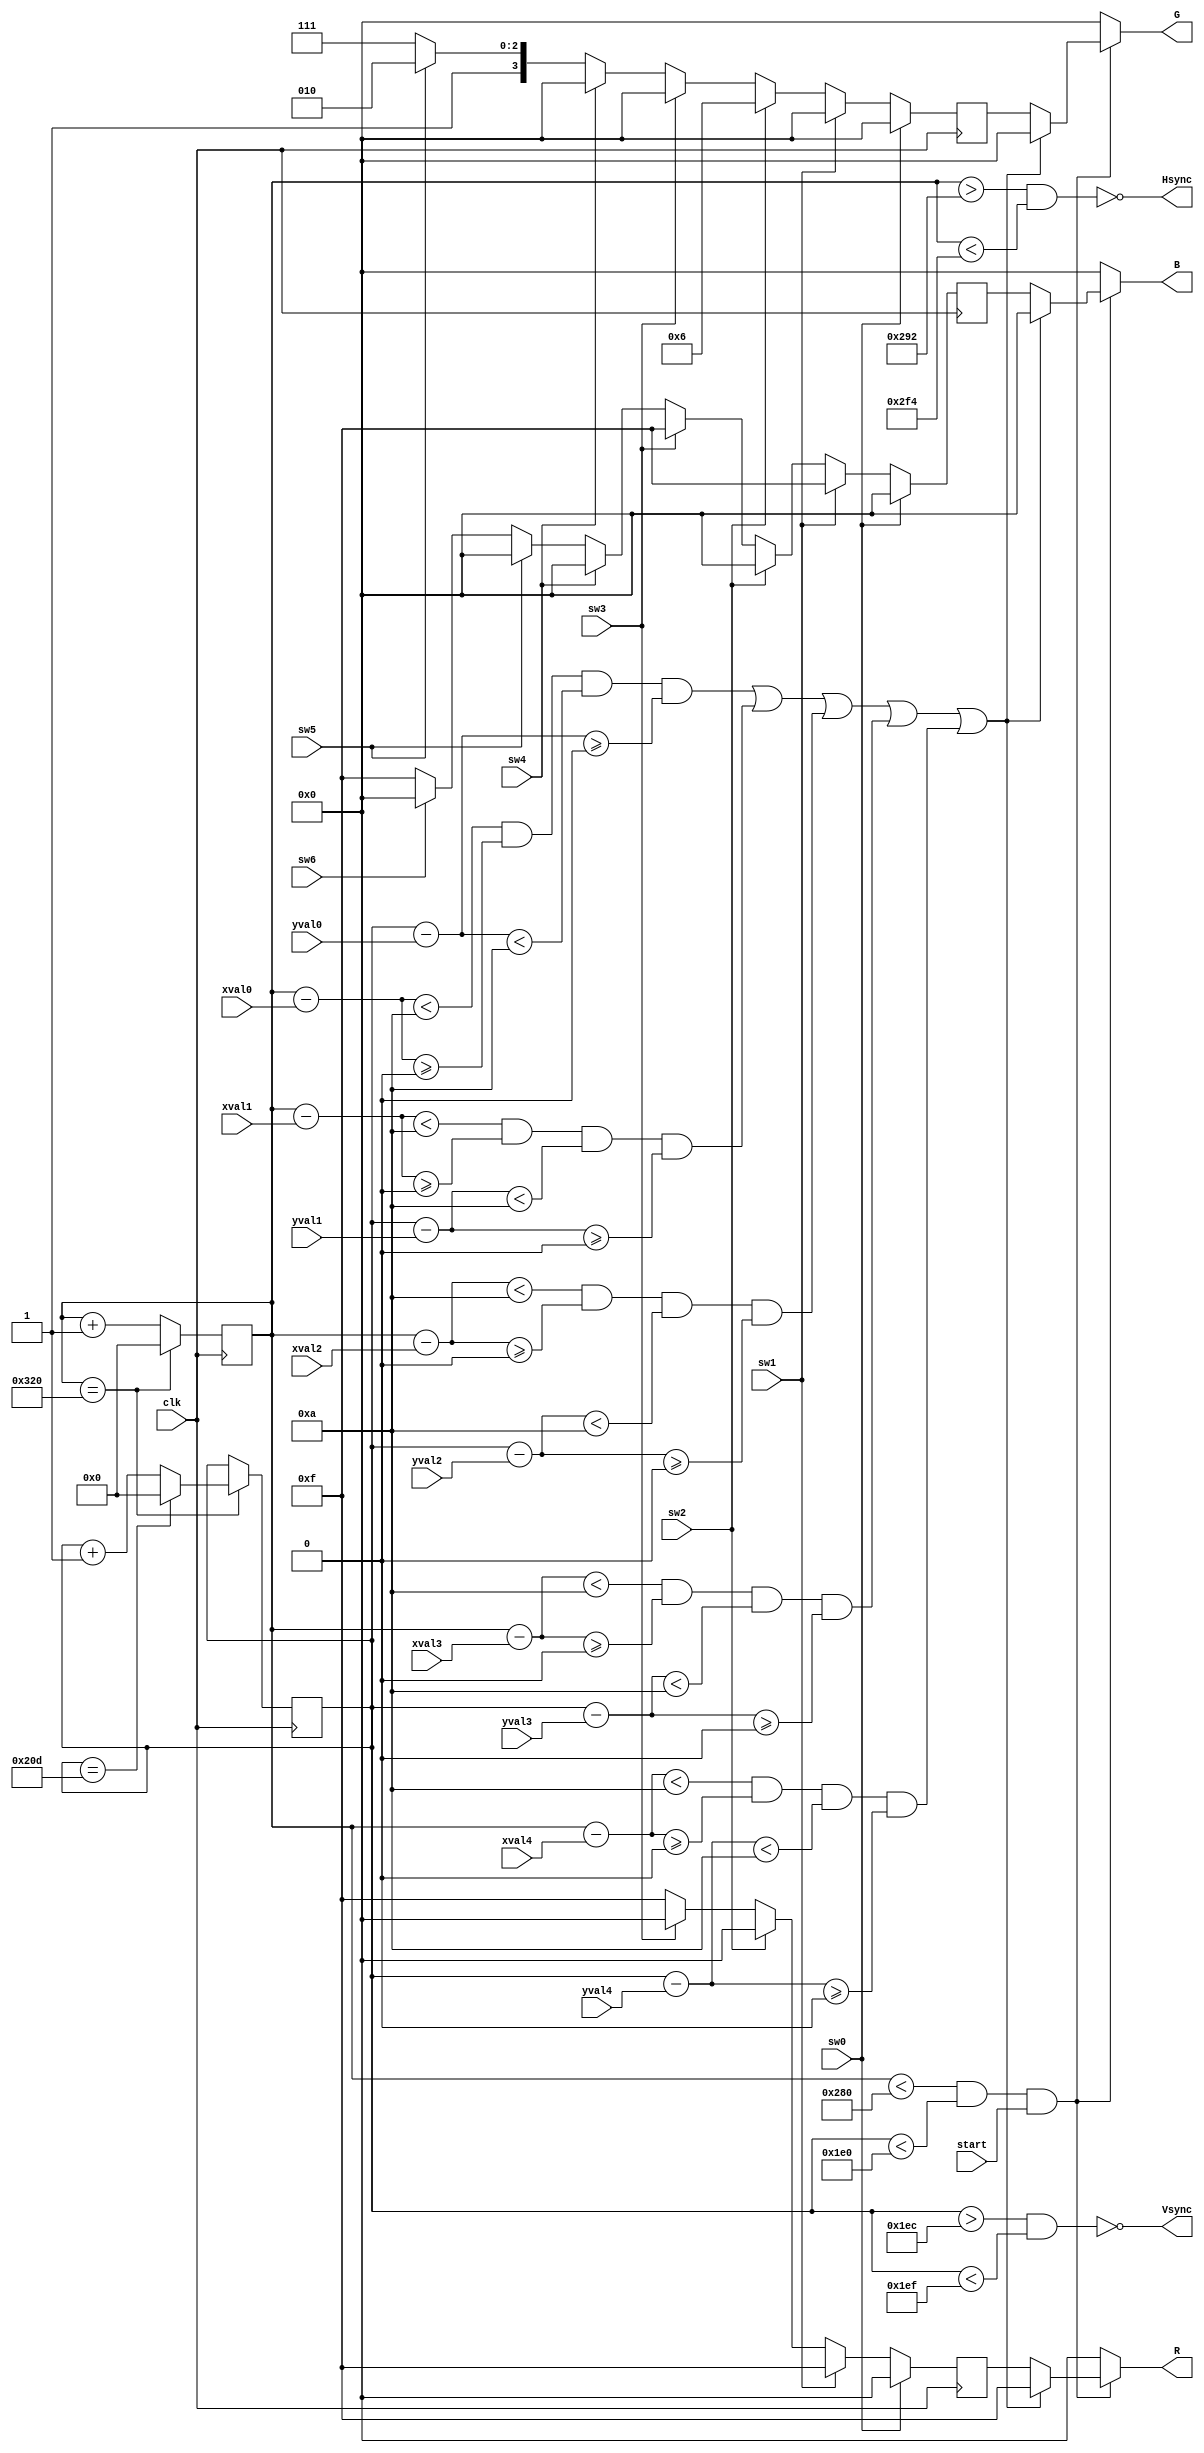
module vga(clk, sw0, sw1, sw2, sw3, sw4, sw5, sw6,
	xval0, xval1, xval2, xval3, xval4, yval0, yval1, yval2, yval3, yval4,
	start, R, G, B, Hsync, Vsync);
	input clk, sw0, sw1, sw2, sw3, sw4, sw5, sw6, start;
	input [9:0] xval0, xval1, xval2, xval3, xval4, yval0, yval1, yval2, yval3, yval4;
	output wire Hsync,Vsync;
	output wire [3:0] R,G,B;
	wire Xmax = (Xcount == 10'd800);
	wire Ymax = (Ycount == 10'd525);
	reg [9:0] Xcount,Ycount;
	reg [3:0] Rcolor,Gcolor,Bcolor;
	wire display;

	always @(posedge clk) begin
		if (sw0) begin
			Rcolor <= 4'd0;
			Gcolor <= 4'd0;
			Bcolor <= 4'd0;
		end
		else if (sw1) begin
			Rcolor <= 4'd15;
			Gcolor <= 4'd0;
			Bcolor <= 4'd15;
		end
		else if (sw2) begin
			Rcolor <= 4'd0;
			Gcolor <= 4'd6;
			Bcolor <= 4'd0;
		end
		else if (sw3) begin
			Rcolor <= 4'd0;
			Gcolor <= 4'd0;
			Bcolor <= 4'd15;
		end
		else if (sw4) begin
			Rcolor <= 4'd15;
			Gcolor <= 4'd0;
			Bcolor <= 4'd0;
		end
		else if (sw5) begin
			Rcolor <= 4'd15;
			Gcolor <= 4'd10;
			Bcolor <= 4'd0;
		end
		else if (sw6) begin
			Rcolor <= 4'd15;
			Gcolor <= 4'd15;
			Bcolor <= 4'd0;
		end
		else begin
			Rcolor <= 4'd15;
			Gcolor <= 4'd15;
			Bcolor <= 4'd15;
		end
	end

	always @(posedge clk) begin
		if (Xmax) Xcount <= 0;
		else Xcount <= Xcount + 1;
	end

	always @(posedge clk) begin
		if (Xmax) begin
			if (Ymax) Ycount <= 0;
			else Ycount <= Ycount + 1;
		end
	end

	assign display = ((Xcount < 640) && (Ycount < 480))&&start;
	assign Hsync = ~((Xcount > 658) && (Xcount < 756));
	assign Vsync = ~((Ycount > 492) && (Ycount < 495));

    assign R = (!display) ? 0 : ((((Xcount - xval0 < 10'd10) && (Xcount - xval0 >= 10'd0) &&
                                        (Ycount - yval0 < 10'd10) && (Ycount - yval0 >= 10'd0)) ||
                                    ((Xcount - xval1 < 10'd10) && (Xcount - xval1 >= 10'd0) &&
                                        (Ycount - yval1 < 10'd10) && (Ycount - yval1 >= 10'd0)) ||
                                    ((Xcount - xval2 < 10'd10) && (Xcount - xval2 >= 10'd0) &&
                                        (Ycount - yval2 < 10'd10) && (Ycount - yval2 >= 10'd0)) ||
                                    ((Xcount - xval3 < 10'd10) && (Xcount - xval3 >= 10'd0) &&
                                        (Ycount - yval3 < 10'd10) && (Ycount - yval3 >= 10'd0)) ||
                                    ((Xcount - xval4 < 10'd10)&& (Xcount - xval4 >= 10'd0) &&
                                        (Ycount - yval4 < 10'd10) && (Ycount - yval4 >= 10'd0))) ? 4'd15 : Rcolor); 
    assign G = (!display) ? 0 : ((((Xcount - xval0 < 10'd10) && (Xcount - xval0 >= 10'd0) &&
                                        (Ycount - yval0 < 10'd10) && (Ycount - yval0 >= 10'd0)) ||
                                    ((Xcount - xval1 < 10'd10) && (Xcount - xval1 >= 10'd0) &&
                                        (Ycount - yval1 < 10'd10) && (Ycount - yval1 >= 10'd0)) ||
                                    ((Xcount - xval2 < 10'd10) && (Xcount - xval2 >= 10'd0) &&
                                        (Ycount - yval2 < 10'd10) && (Ycount - yval2 >= 10'd0)) ||
                                    ((Xcount - xval3 < 10'd10) && (Xcount - xval3 >= 10'd0) &&
                                        (Ycount - yval3 < 10'd10) && (Ycount - yval3 >= 10'd0)) ||
                                    ((Xcount - xval4 < 10'd10)&& (Xcount - xval4 >= 10'd0) &&
                                        (Ycount - yval4 < 10'd10) && (Ycount - yval4 >= 10'd0))) ? 4'd0 : Gcolor); 
    assign B = (!display) ? 0 : ((((Xcount - xval0 < 10'd10) && (Xcount - xval0 >= 10'd0) &&
                                        (Ycount - yval0 < 10'd10) && (Ycount - yval0 >= 10'd0)) ||
                                    ((Xcount - xval1 < 10'd10) && (Xcount - xval1 >= 10'd0) &&
                                        (Ycount - yval1 < 10'd10) && (Ycount - yval1 >= 10'd0)) ||
                                    ((Xcount - xval2 < 10'd10) && (Xcount - xval2 >= 10'd0) &&
                                        (Ycount - yval2 < 10'd10) && (Ycount - yval2 >= 10'd0)) ||
                                    ((Xcount - xval3 < 10'd10) && (Xcount - xval3 >= 10'd0) &&
                                        (Ycount - yval3 < 10'd10) && (Ycount - yval3 >= 10'd0)) ||
                                    ((Xcount - xval4 < 10'd10)&& (Xcount - xval4 >= 10'd0) &&
                                        (Ycount - yval4 < 10'd10) && (Ycount - yval4 >= 10'd0))) ? 4'd0 : Bcolor); 
    
//	always @* begin
//		if (!display || !start) begin
//			R <= 0;
//			G <= 0;
//			B <= 0;
//		end
//		else if (((Xcount - xval0 < 10'd10) && (Xcount - xval0 >= 10'd0) &&
//						(Ycount - yval0 < 10'd10) && (Ycount - yval0 >= 10'd0)) ||
//					((Xcount - xval1 < 10'd10) && (Xcount - xval1 >= 10'd0) &&
//						(Ycount - yval1 < 10'd10) && (Ycount - yval1 >= 10'd0)) ||
//					((Xcount - xval2 < 10'd10) && (Xcount - xval2 >= 10'd0) &&
//						(Ycount - yval2 < 10'd10) && (Ycount - yval2 >= 10'd0)) ||
//					((Xcount - xval3 < 10'd10) && (Xcount - xval3 >= 10'd0) &&
//						(Ycount - yval3 < 10'd10) && (Ycount - yval3 >= 10'd0)) ||
//					((Xcount - xval4 < 10'd10)&& (Xcount - xval4 >= 10'd0) &&
//						(Ycount - yval4 < 10'd10) && (Ycount - yval4 >= 10'd0))) begin
//			R <= 4'd15;
//			G <= 4'd0;
//			B <= 4'd0;
//		end
//		else begin
//			R <= Rcolor;
//			G <= Gcolor;
//			B <= Bcolor;
//		end
//	end
endmodule